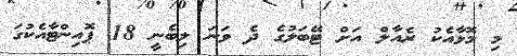
މި މޮޅާއެކު ރެއާލް އަށް ޓޭބަލުގެ ދެ ވަނަ ލިބެނީ 18 ޕޮއިންޓާއެކުގަ